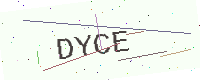
Text: DYCE